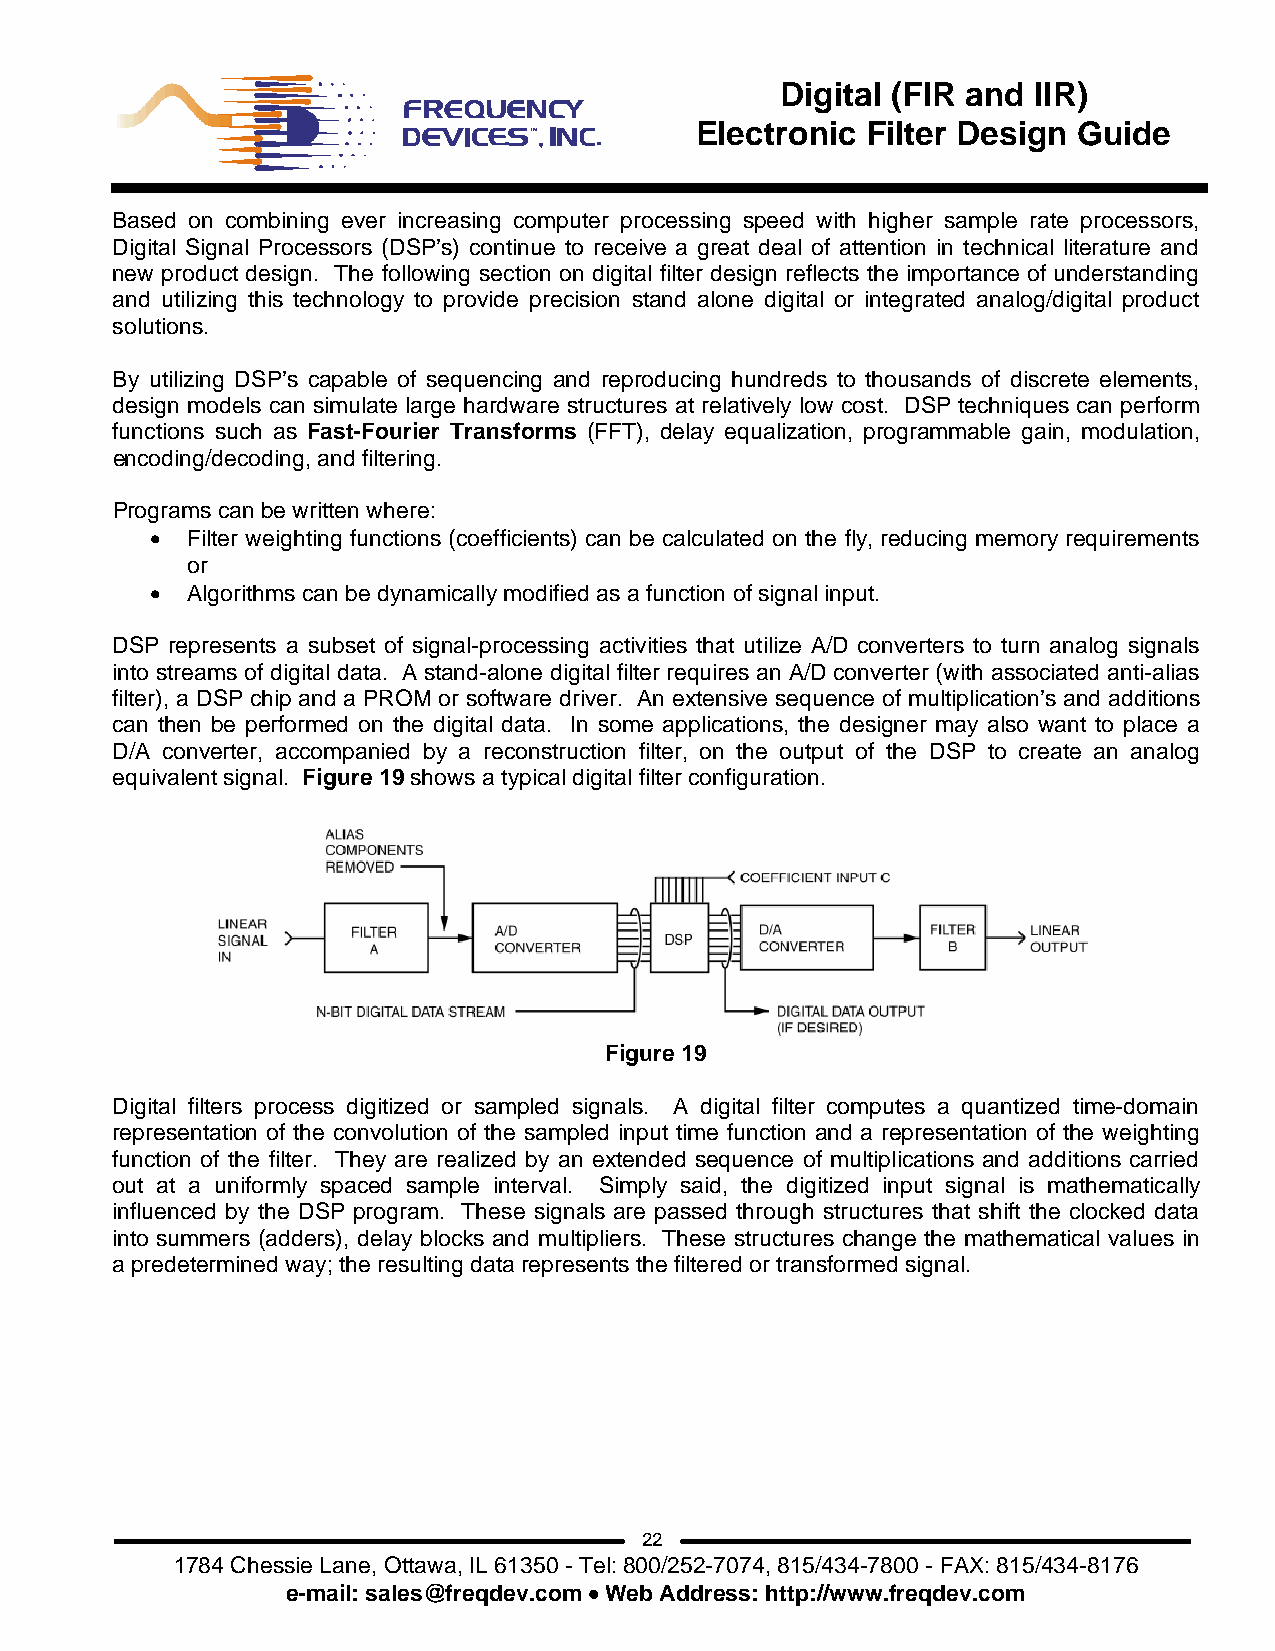
Digital (FIR and IIR)
 Electronic Filter Design Guide
 Based on combining ever increasing computer processing speed with higher sample rate processors,
 Digital Signal Processors (DSP’s) continue to receive a great deal of attention in technical literature and
 new product design. The following section on digital filter design reflects the importance of understanding
 and utilizing this technology to provide precision stand alone digital or integrated analog/digital product
 solutions.
 By utilizing DSP’s capable of sequencing and reproducing hundreds to thousands of discrete elements,
 design models can simulate large hardware structures at relatively low cost. DSP techniques can perform
 functions such as Fast-Fourier Transforms (FFT), delay equalization, programmable gain, modulation,
 encoding/decoding, and filtering.
 Programs can be written where:
 • Filter weighting functions (coefficients) can be calculated on the fly, reducing memory requirements
 or
 • Algorithms can be dynamically modified as a function of signal input.
 DSP represents a subset of signal-processing activities that utilize A/D converters to turn analog signals
 into streams of digital data. A stand-alone digital filter requires an A/D converter (with associated anti-alias
 filter), a DSP chip and a PROM or software driver. An extensive sequence of multiplication’s and additions
 can then be performed on the digital data. In some applications, the designer may also want to place a
 D/A converter, accompanied by a reconstruction filter, on the output of the DSP to create an analog
 equivalent signal. Figure 19 shows a typical digital filter configuration.
 Figure 19
 Digital filters process digitized or sampled signals. A digital filter computes a quantized time-domain
 representation of the convolution of the sampled input time function and a representation of the weighting
 function of the filter. They are realized by an extended sequence of multiplications and additions carried
 out at a uniformly spaced sample interval. Simply said, the digitized input signal is mathematically
 influenced by the DSP program. These signals are passed through structures that shift the clocked data
 into summers (adders), delay blocks and multipliers. These structures change the mathematical values in
 a predetermined way; the resulting data represents the filtered or transformed signal.
 22
 1784 Chessie Lane, Ottawa, IL 61350 - Tel: 800/252-7074, 815/434-7800 - FAX: 815/434-8176
 e-mail: sales@freqdev.com • Web Address: http://www.freqdev.com